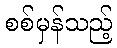
စစ်မှန်သည့်